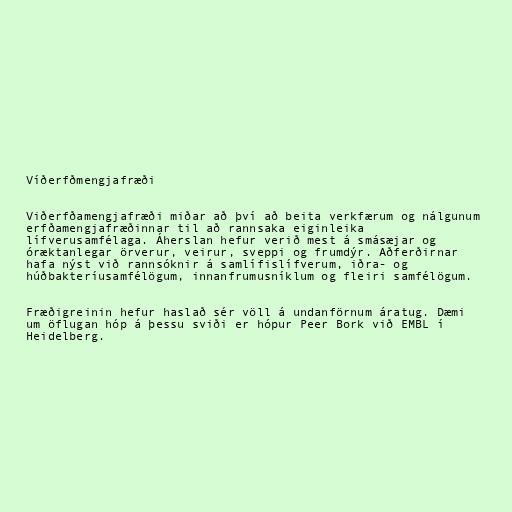
Víðerfðmengjafræði

Viðerfðamengjafræði miðar að því að beita verkfærum og nálgunum
erfðamengjafræðinnar til að rannsaka eiginleika
lífverusamfélaga. Áherslan hefur verið mest á smásæjar og
óræktanlegar örverur, veirur, sveppi og frumdýr. Aðferðirnar
hafa nýst við rannsóknir á samlífislífverum, iðra- og
húðbakteríusamfélögum, innanfrumusníklum og fleiri samfélögum.

Fræðigreinin hefur haslað sér völl á undanförnum áratug. Dæmi
um öflugan hóp á þessu sviði er hópur Peer Bork við EMBL í
Heidelberg.